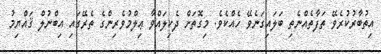
އިތުބާރުކުރެވޭ ތަފާތެއްނެތި ބަލައިގަނެވޭ ހެއްކެވެ. މިގޮތަށް ދެކިލައްވާ ޢިލްމުވެރިންގެ ތެރޭގައި އިބްނުލް ޤައްޔިމު